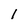
Character: 1